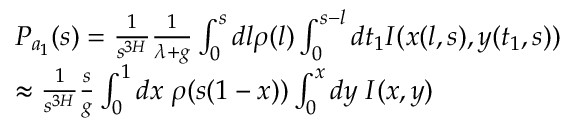
\begin{array} { r l } & { P _ { a _ { 1 } } ( s ) = \frac { 1 } { s ^ { 3 H } } \frac { 1 } { \lambda + g } \int _ { 0 } ^ { s } d l \rho ( l ) \int _ { 0 } ^ { s - l } d t _ { 1 } I ( x ( l , s ) , y ( t _ { 1 } , s ) ) } \\ & { \approx \frac { 1 } { s ^ { 3 H } } \frac { s } { g } \int _ { 0 } ^ { 1 } d x \; \rho ( s ( 1 - x ) ) \int _ { 0 } ^ { x } d y \; I ( x , y ) } \end{array}